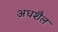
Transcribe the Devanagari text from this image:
अधशैल